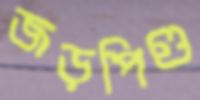
জড়পিণ্ড